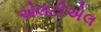
એલટીએલ